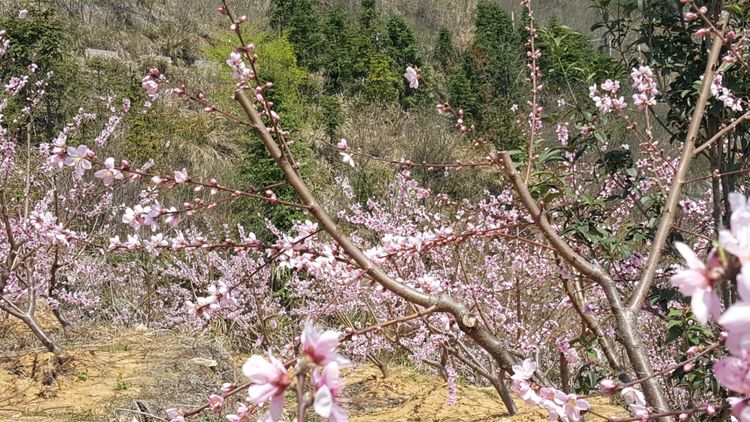
桃李出深井，花艳惊上春。